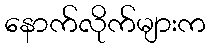
နောက်လိုက်များက